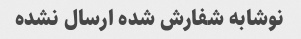
نوشابه شفارش شده ارسال نشده